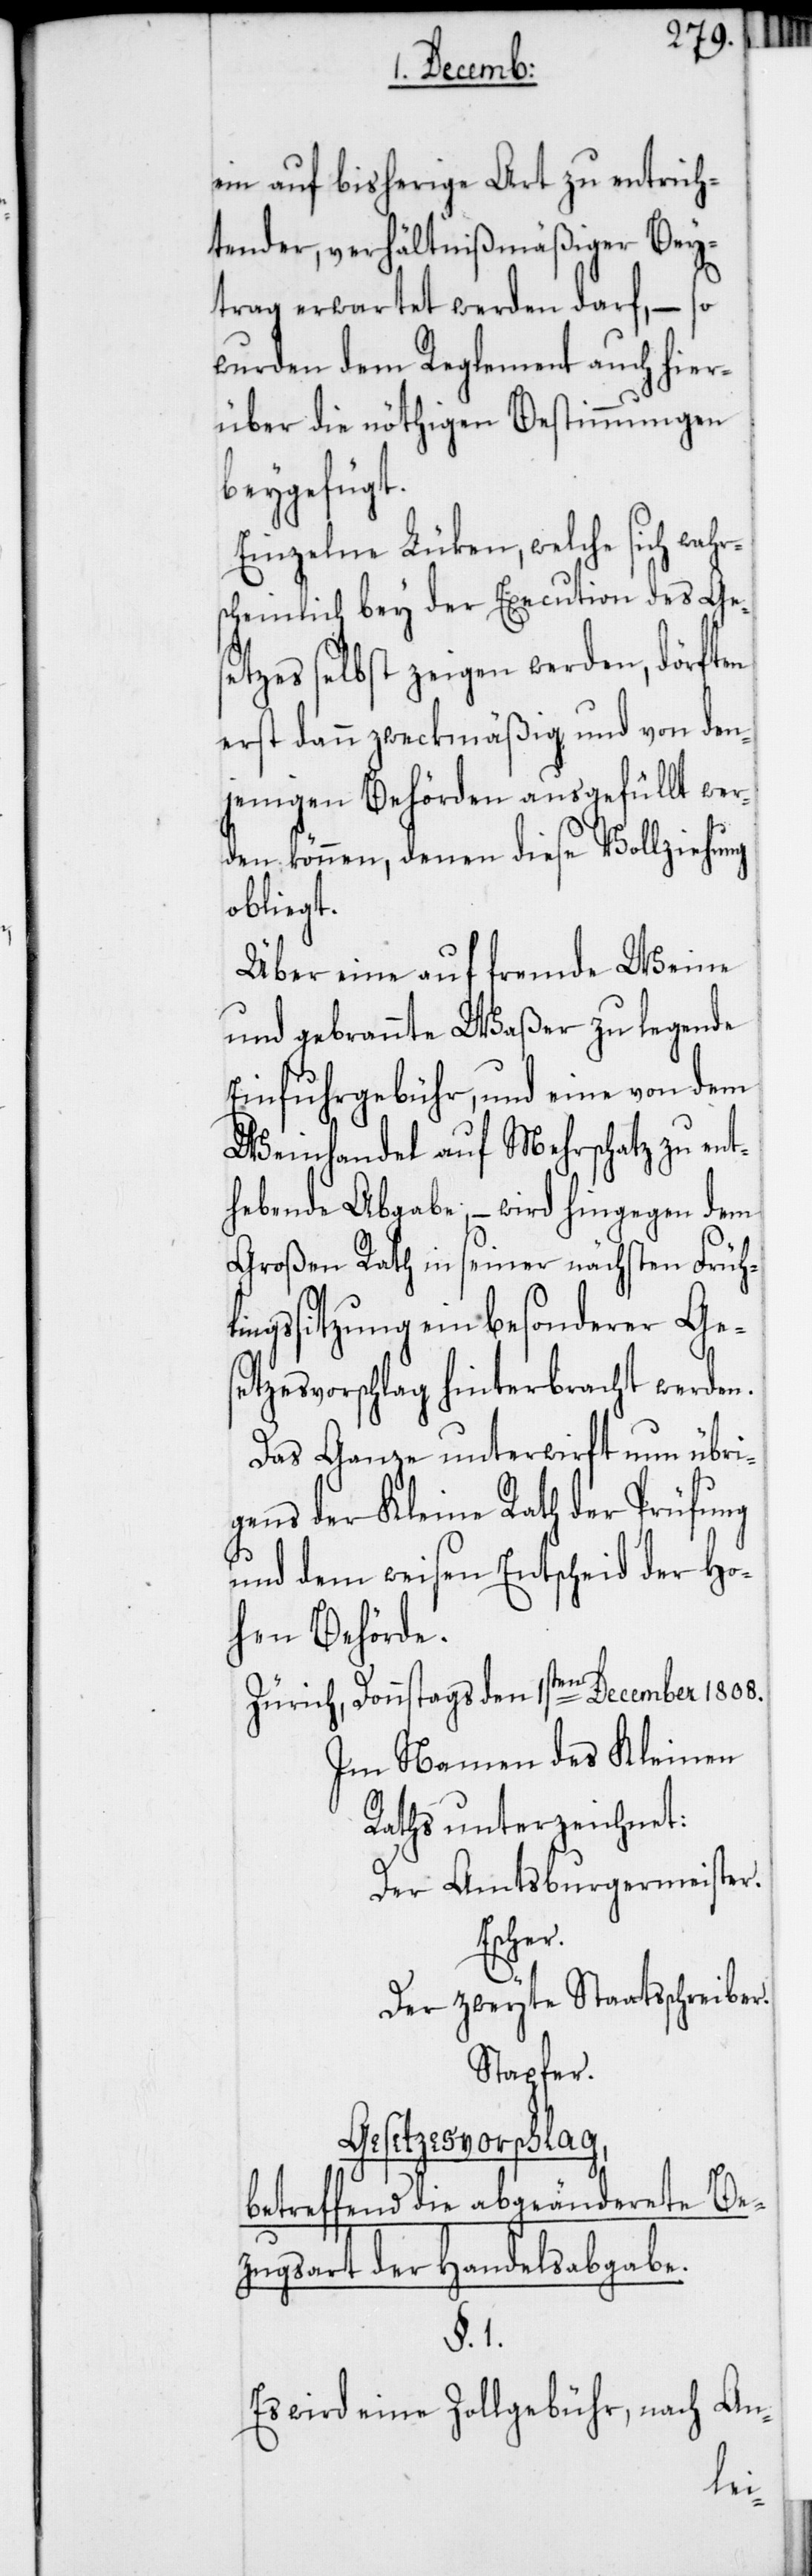
ein auf bisherige Art zu entrich¬
tender, verhältnißmäßiger Bey¬
trag erwartet werden darf, – so
wurden dem Reglement auch hier¬
über die nöthigen Bestimmungen
beygefügt.
Einzelne Lüken, welche sich wahr¬
scheinlich bey der Execution des Ges¬
etzes selbst zeigen werden, dörften
erst dann zweckmäßig und von den¬
jenigen Behörden ausgefüllt wer¬
den können, denen diese Vollziehung
obliegt.
Über eine auf fremde Weine
und gebrannte Waßer zu legende
Einfuhrgebühr, und eine von dem
Weinhandel auf Mehrschatz zu ent¬
hebende Abgabe, – wird hingegen dem
Großen Rath in seiner nächsten Frühl¬
ingssitzung ein besonderer Ge¬
setzesvorschlag hinterbracht werden.
Das Ganze unterwirft nun übri¬
gens der Kleine Rath der Prüfung
und dem weisen Entscheid der Ho¬
hen Behörde.
Zürich, Donnstags den 1sten December 1808.
Im Namen des Kleinen
Raths unterzeichnet:
Der Amtsburgermeister.
Escher.
Der zweyte Staatsschreiber.
Stapfer.
Gesetzesvorschlag,
betreffend die abgeänderete Be¬
zugsart der Handelsabgabe.
§. 1.
Es wird eine Zollgebühr, nach An-